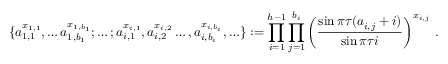
\{ a _ { 1 , 1 } ^ { x _ { 1 , 1 } } , \ldots a _ { 1 , b _ { 1 } } ^ { x _ { 1 , b _ { 1 } } } ; \ldots ; a _ { i , 1 } ^ { x _ { i , 1 } } , a _ { i , 2 } ^ { x _ { i , 2 } } \ldots , a _ { i , b _ { i } } ^ { x _ { i , b _ { i } } } , \ldots \} : = \prod _ { i = 1 } ^ { h - 1 } \prod _ { j = 1 } ^ { b _ { i } } \left( \frac { \sin \pi \tau ( a _ { i , j } + i ) } { \sin \pi \tau i } \right) ^ { x _ { i , j } } \, .